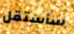
سأستقل